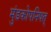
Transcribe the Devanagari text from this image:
मुंडकोपनिषत्